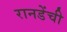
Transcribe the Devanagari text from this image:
रानडेंची